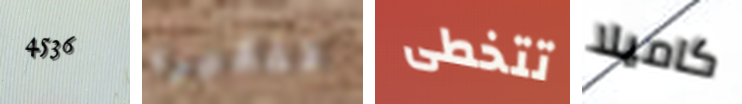
4536 تفكيره تتخطى كاميلا